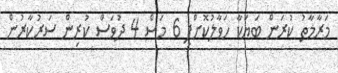
މަރާމާތު ކުރަން ބަޔަކާ ހަވާލުކޮށްފި 6 މަސް 4 ދުވަސް ކުރިން ސަރުކާރުން